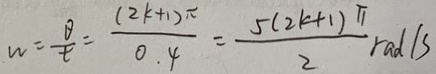
w = \frac { \theta } { t } = \frac { ( 2 k + 1 ) \pi } { 0 . 4 } = \frac { 5 ( 2 k + 1 ) \pi } { 2 } r a d / s